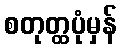
စတုတ္ထပုံမှန်